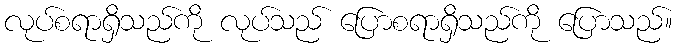
လုပ်စရာရှိသည်ကို လုပ်သည် ပြောစရာရှိသည်ကို ပြောသည်။